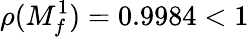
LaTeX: \rho(M_{f}^{1})=0.9984<1